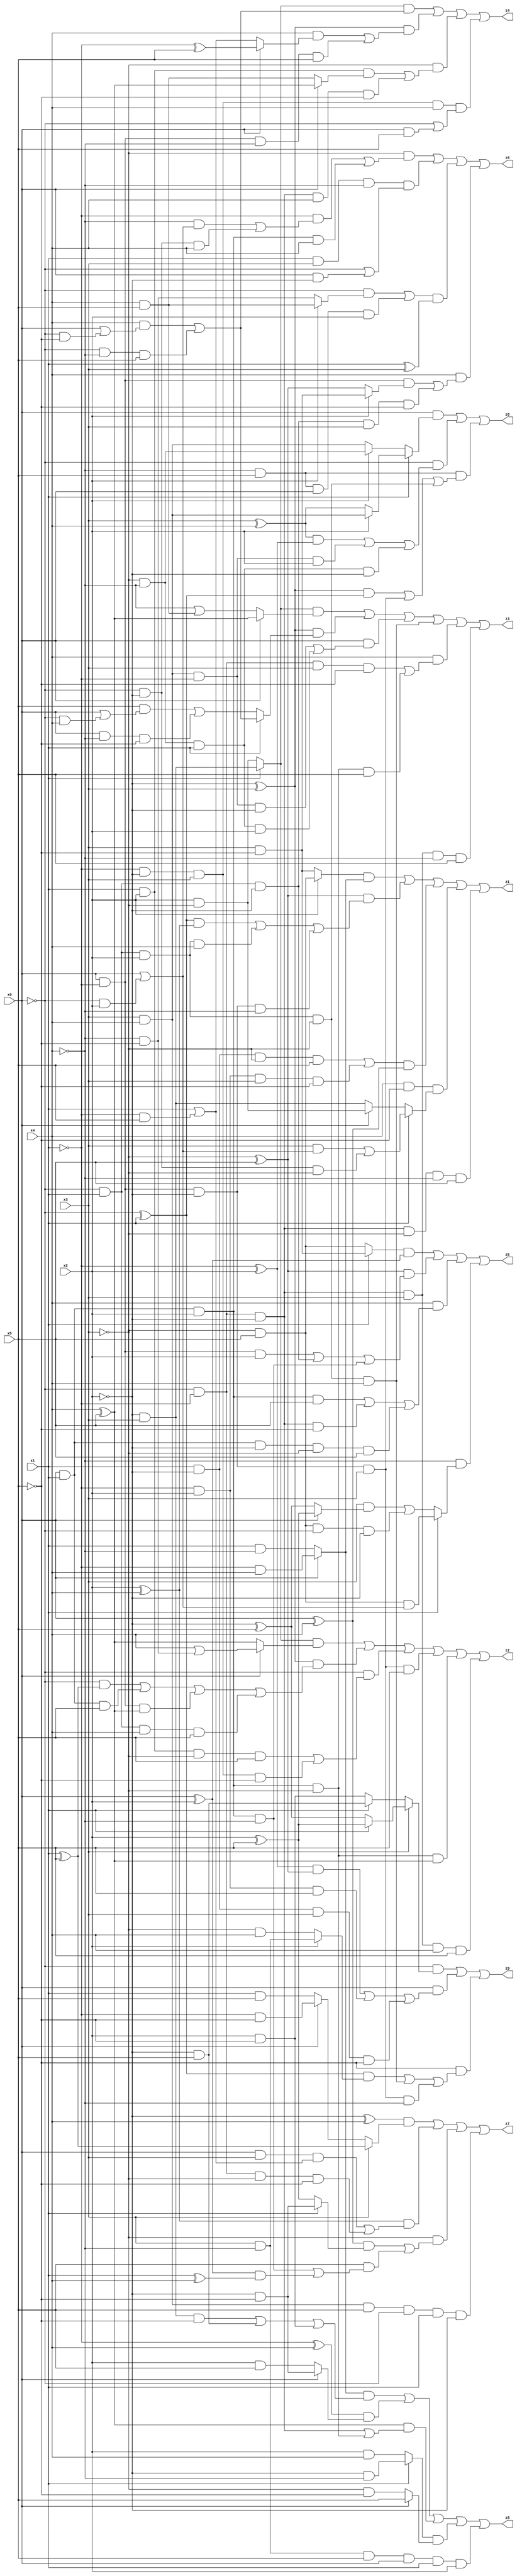
// Benchmark "X_37" written by ABC on Mon Jun 05 19:33:55 2023

module X_37 ( 
    x0, x1, x2, x3, x4, x5,
    z0, z1, z2, z3, z4, z5, z6, z7, z8, z9  );
  input  x0, x1, x2, x3, x4, x5;
  output z0, z1, z2, z3, z4, z5, z6, z7, z8, z9;
  assign z0 = (x0 & (x1 ? (x2 ? (x3 & x4) : (x3 ^ x4)) : (x2 ? (~x3 & ~x4) : (x3 & x4)))) | (~x0 & (((x3 ^ x4) & (~x1 ^ x2)) | (x3 & x4 & ~x1 & x2) | (~x3 & ~x4 & x1 & ~x2))) | (~x4 & x5 & (((~x2 ^ x3) & (~x0 ^ x1)) | (x0 & ~x1 & ~x2 & x3) | (~x0 & x1 & x2 & ~x3)));
  assign z1 = ((x2 ? (~x3 & x5) : (x3 & ~x5)) & (x0 ? (~x1 & x4) : (x1 & ~x4))) | ((~x3 ^ x5) & (((~x0 ^ x1) & (x2 ^ x4)) | (~x0 & x1 & x2 & x4) | (x0 & ~x1 & ~x2 & ~x4))) | (((x1 & ~x2 & ~x3 & x5) | (~x1 & x2 & x3 & ~x5)) & (x0 ^ x4)) | (x4 & ~x5 & (x1 ? ((x3 & (x0 | (~x0 & x2))) | (~x0 & ~x2 & ~x3)) : (x0 ? (x2 & ~x3) : (~x2 & x3)))) | (~x0 & ~x1 & ~x2 & ~x3 & ~x4 & x5);
  assign z2 = ((x1 ? (~x2 & x3) : (x2 & ~x3)) & (x0 ? (x4 | (~x4 & ~x5)) : (x4 ^ x5))) | ((~x2 ^ x3) & ((~x0 & (x1 ^ x5)) | (x0 & x1 & x5) | (x0 & ~x1 & (x4 ^ x5)) | (~x0 & x1 & x4 & x5))) | (~x0 & ((x1 & x2 & ~x3 & x5) | (~x1 & ~x2 & x3 & ~x5))) | (x0 & ~x1 & ~x2 & x3 & x5) | (x0 & x1 & x2 & ~x3 & (x4 ^ x5)) | (~x0 & ~x1 & ~x2 & x3 & x4 & x5);
  assign z3 = ((x1 ? (~x2 & x3) : (x2 & ~x3)) & (x0 ? (x4 ^ x5) : (~x4 | (x4 & x5)))) | ((~x2 ^ x3) & (x1 ? ((x4 & (x0 | (~x0 & ~x5))) | (~x0 & ~x4 & x5)) : ((x5 & (x0 | (~x0 & x4))) | (x0 & ~x4 & ~x5)))) | (x0 & ((x3 & x4 & ~x1 & ~x2) | (~x3 & ~x4 & x1 & x2))) | (~x0 & x1 & x2 & ~x3 & x4) | (x4 & ((~x0 & ~x1 & x3 & ~x5) | (x0 & x1 & x2 & ~x3 & x5))) | (~x0 & ~x1 & ~x2 & x3 & ~x4 & x5);
  assign z4 = ((x1 ? (~x2 & x3) : (x2 & ~x3)) & ((x4 & (x0 | (~x0 & ~x5))) | (~x0 & ~x4 & x5))) | ((~x2 ^ x3) & ((x4 & (x0 ? (~x1 ^ x5) : (x1 | (~x1 & x5)))) | (x0 & ~x1 & ~x4 & x5))) | (~x3 & ((x1 & x2 & (x0 ? (x4 ^ x5) : (x4 & x5))) | (~x0 & ~x1 & ~x2 & x4 & ~x5))) | (~x1 & ~x2 & x3 & x4 & (~x0 | (x0 & x5)));
  assign z5 = ((x1 ? (x3 & ~x5) : (~x3 & x5)) & (x0 ^ x2)) | ((~x3 ^ x5) & ((x0 & ~x1 & x2) | (~x0 & x1 & ~x2) | (x0 & x1 & x2 & ~x4))) | (x4 & ((x0 & x1 & x2 & x5) | (~x0 & ~x1 & ~x2 & ~x5) | (x0 & x1 & ~x2 & ~x3 & x5))) | (~x4 & (x1 ? (~x3 & x5 & (x0 | (~x0 & x2))) : ((x3 & (x0 ? (x2 ^ x5) : (~x2 ^ x5))) | (~x3 & x5 & ~x0 & ~x2))));
  assign z6 = (~x3 & ((~x1 & ((~x4 & (x0 | (~x0 & x2))) | (~x0 & ~x2 & x4))) | (x0 & x1 & x2 & x4))) | (x1 & x3 & ~x4 & (~x0 | (x0 & ~x2))) | (((~x0 & (x2 ? (x4 & x5) : (~x4 & ~x5))) | (~x4 & x5 & x0 & x2)) & (x1 ^ x3)) | (x4 & ((x0 & ~x1 & (x2 ? (x3 & ~x5) : (~x3 ^ x5))) | (~x0 & x1 & ~x2 & x3 & ~x5)));
  assign z7 = ((~x2 ^ x4) & (x3 ? (x1 ^ x5) : (x0 ? (~x1 & ~x5) : (x1 & x5)))) | ((x2 ^ x4) & ((x0 & x3 & (x1 | (~x1 & x5))) | (~x0 & ~x1 & ~x3 & ~x5))) | (~x3 & (((x0 ^ x4) & (x1 ? (~x2 & ~x5) : (x2 ^ x5))) | (x5 & ((x0 & x1 & x2 & ~x4) | ((x0 ^ x2) & (x1 ^ x4)))))) | (x3 & x4 & x5 & ~x0 & x1 & ~x2);
  assign z8 = ((x0 ? (~x1 & x4) : (x1 & ~x4)) & ((~x2 & x3 & ~x5) | (~x2 & x5) | (x2 & ~x5))) | ((~x1 ^ x4) & (x0 ? (~x2 & ~x5) : (x2 & x5))) | ((x4 ^ x5) & ((~x0 & ~x1 & ~x2) | (x0 & x1 & x2 & ~x3))) | ((x1 ? (~x2 & ~x4) : (x2 & x4)) & (x0 ? x5 : (~x3 & ~x5))) | (x3 & ~x4 & x5 & x0 & x1 & x2);
  assign z9 = (~x0 & (x3 ? (x1 ? (x2 ^ x5) : (~x2 ^ x5)) : (x1 ? (~x2 & x5) : (x2 & ~x5)))) | (x0 & (((~x1 ^ x2) & (~x3 ^ x5)) | (~x1 & x2 & x5) | (x1 & ~x2 & x3 & ~x5))) | (~x5 & (((~x0 ^ x1) & (x2 ? (x3 & ~x4) : (~x3 & x4))) | (~x0 & x1 & x2 & ~x3 & x4) | (x0 & ~x1 & ~x2 & x3 & ~x4)));
endmodule